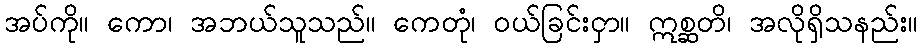
အပ်ကို။ ကော၊ အဘယ်သူသည်။ ကေတုံ၊ ဝယ်ခြင်းငှာ။ ဣစ္ဆတိ၊ အလိုရှိသနည်း။